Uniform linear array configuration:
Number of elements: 48
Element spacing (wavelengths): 0.75
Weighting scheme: uniform
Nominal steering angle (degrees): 30
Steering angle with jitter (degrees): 30.025
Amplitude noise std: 0.05
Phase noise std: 0.05

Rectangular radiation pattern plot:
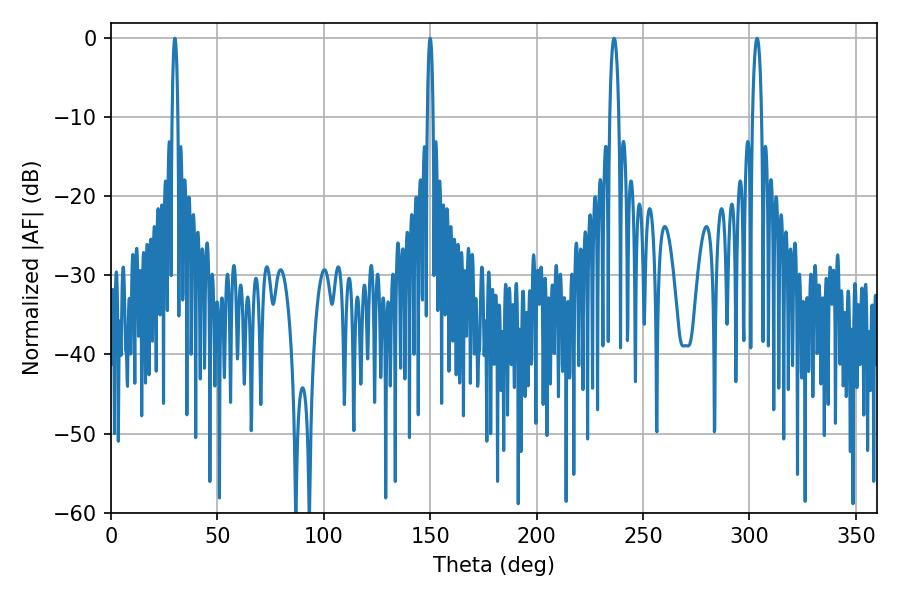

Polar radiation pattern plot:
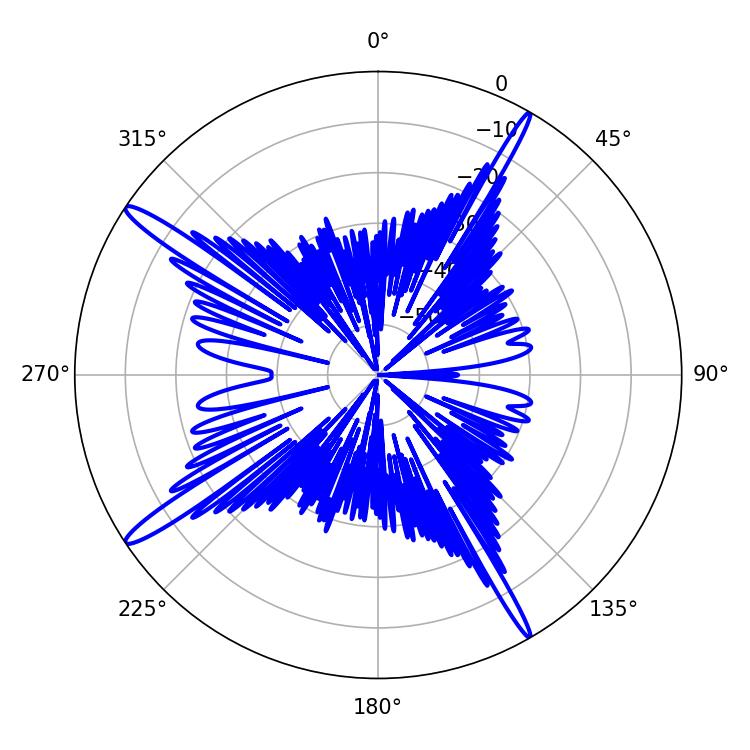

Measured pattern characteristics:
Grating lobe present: TRUE
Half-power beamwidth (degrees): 1.44
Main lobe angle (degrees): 30.06